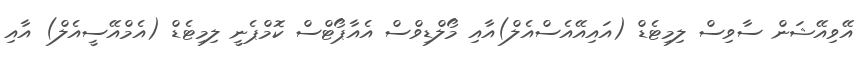
އޭވިއޭޝަން ސާވިސް ލިމިޓެޑް (އައިއޭއެސްއެލް)އާއި މޯލްޑިވްސް އެއާޕޯޓްސް ކޮމްޕެނީ ލިމިޓެޑް (އެމްއޭސީއެލް) އާއި